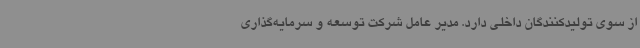
از سوی تولیدکنندگان داخلی دارد. مدیر عامل شرکت توسعه و سرمایه‌گذاری